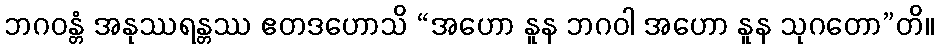
ဘဂဝန္တံ အနုဿရန္တဿ ဧတဒဟောသိ “အဟော နူန ဘဂဝါ အဟော နူန သုဂတော”တိ။